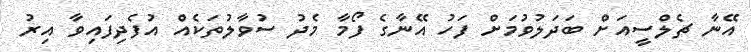
އޭނާ ޗެލްސީއަށް ބަދަލުވުމަށް ފަހު އޭނާގެ ފޯމާ މެދު ސުވާލުތަކެއް އުފެދިފައިވާ އިރު